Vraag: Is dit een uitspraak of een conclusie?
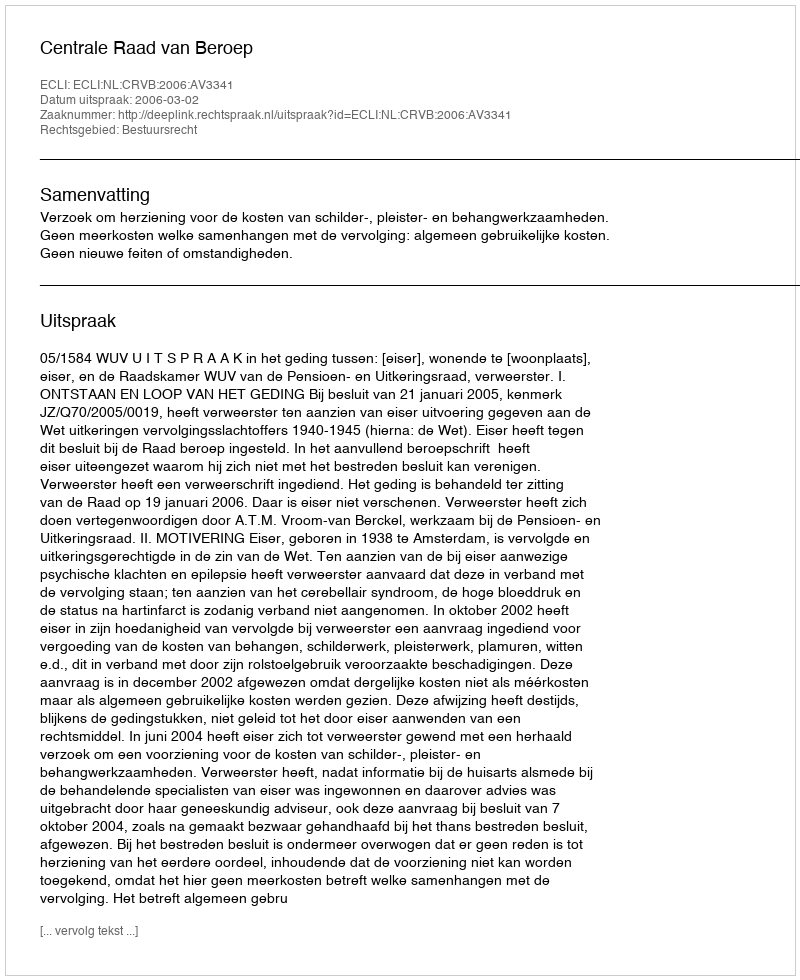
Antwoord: Uitspraak